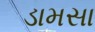
ડામસા